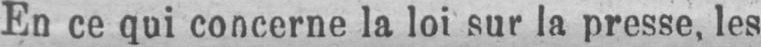
En ce qui concerne la loi sur la presse, les